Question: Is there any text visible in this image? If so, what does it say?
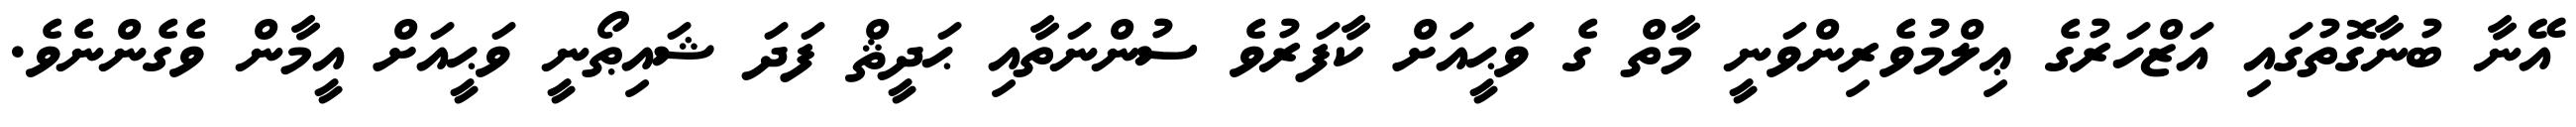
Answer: އޭނާ ބުނާގޮތުގައި އަޒްހަރުގެ ޢިލްމުވެރިންވަނީ މާތް ގެ ވަޙީއަށް ކާފަރުވެ ސުންނަތާއި ޙަދީޘް ފަދަ ޝައިޠޯނީ ވަޙީއަށް އީމާން ވެގެންނެވެ.